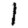
Digit: 1